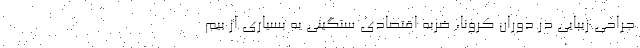
جراحی زیبایی در دوران کرونا، ضربه اقتصادی سنگینی به بسیاری از بیم